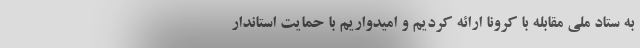
به ستاد ملی مقابله با کرونا ارائه کردیم و امیدواریم با حمایت استاندار